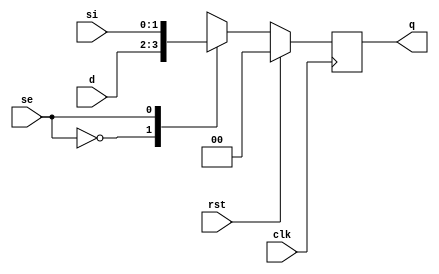
module scan_ff #(parameter N = 1)(clk, rst, se, si, d, q);

input clk;
input rst;
input se;
input [N:0] si;
input [N:0] d;
output reg [N:0] q;

always @(posedge clk) begin
	if (rst) begin
		q <= 0;
	end else begin
		case (se) 
			1'b0 : q <= d;
			1'b1 : q <= si;
		endcase
	end
end

endmodule